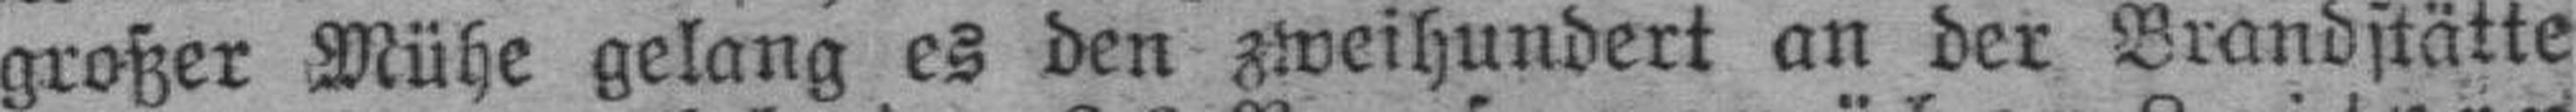
großer Mühe gelang es den zweihundert an der Brandstätte